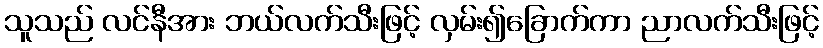
သူသည် လင်နီအား ဘယ်လက်သီးဖြင့် လှမ်း၍ခြောက်ကာ ညာလက်သီးဖြင့်